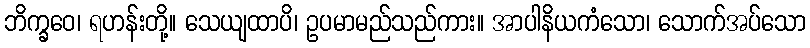
ဘိက္ခဝေ၊ ရဟန်းတို့။ သေယျထာပိ၊ ဥပမာမည်သည်ကား။ အာပါနိယကံသော၊ သောက်အပ်သော